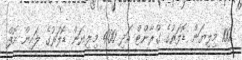
100 މިލިޔަން ޑޮލަރުގެ ގްރާންޓް އަދި 400 މިލިޔަން ޑޮލަރުގެ ލައިން އޮފް